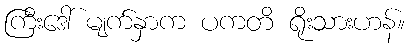
ကြီးဒေါ် မျက်နှာက ပကတိ ရိုးသားဟန်။